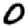
Digit: 0